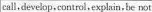
call,develop,control expllain,be not